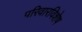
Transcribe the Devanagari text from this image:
परिवारविशेष